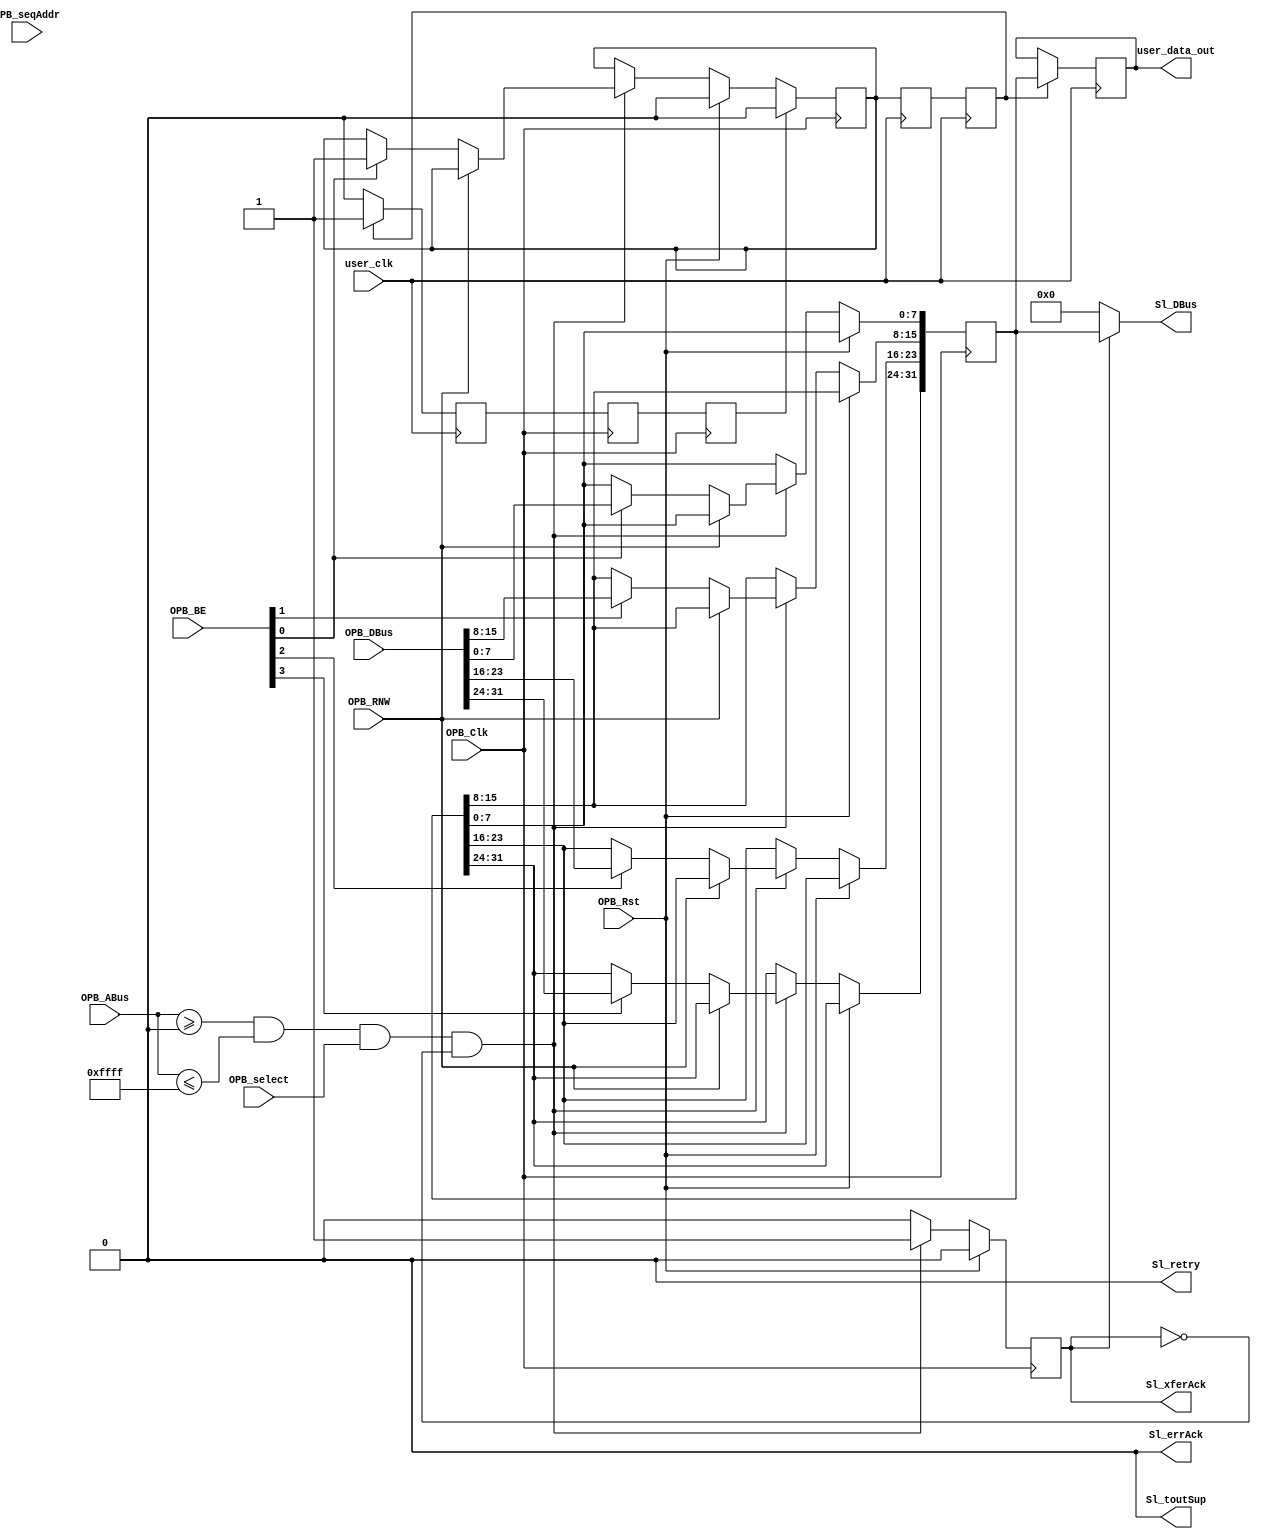
module opb_register_ppc2simulink #(
    parameter C_BASEADDR   = 32'h00000000,
    parameter C_HIGHADDR   = 32'h0000FFFF,
    parameter C_OPB_AWIDTH = 0,
    parameter C_OPB_DWIDTH = 0,
    parameter C_FAMILY     = "default"
  ) (
    input         OPB_Clk,
    input         OPB_Rst,
    output [0:31] Sl_DBus,
    output        Sl_errAck,
    output        Sl_retry,
    output        Sl_toutSup,
    output        Sl_xferAck,
    input  [0:31] OPB_ABus,
    input  [0:3]  OPB_BE,
    input  [0:31] OPB_DBus,
    input         OPB_RNW,
    input         OPB_select,
    input         OPB_seqAddr,
    input         user_clk,
    output [31:0] user_data_out
  );

  /* OPB clock domain data value */
  reg [31:0] reg_buffer;
  /* Handshake signal from OPB to application indicating data is ready to be latched */
  reg register_ready;
  /* Handshake signal from application to OPB indicating data has been latched */
  reg register_done;

  assign Sl_toutSup = 1'b0;
  assign Sl_retry   = 1'b0;
  assign Sl_errAck  = 1'b0;

  reg Sl_xferAck_reg;
  assign Sl_xferAck = Sl_xferAck_reg;

  wire a_match = OPB_ABus >= C_BASEADDR && OPB_ABus <= C_HIGHADDR;
  wire [31:0] a_trans = OPB_ABus - C_BASEADDR;

  reg register_doneR;
  reg register_doneRR;

  always @(posedge OPB_Clk) begin
    //single cycle signals
    Sl_xferAck_reg  <= 1'b0;

    /* Clock domain crossing registering */
    register_doneR  <= register_done;
    register_doneRR <= register_doneR;

    if (OPB_Rst) begin
      register_ready <= 1'b0;
    end else if (a_match && OPB_select && !Sl_xferAck_reg) begin
      Sl_xferAck_reg <= 1'b1;
      if (!OPB_RNW) begin
        if (OPB_BE[0])
          reg_buffer[31:24] <= OPB_DBus[0:7]; 
        if (OPB_BE[1])
          reg_buffer[23:16] <= OPB_DBus[8:15]; 
        if (OPB_BE[2])
          reg_buffer[15:8] <= OPB_DBus[16:23]; 
        if (OPB_BE[3])
          reg_buffer[7:0] <= OPB_DBus[24:31]; 

        /* ROACH bus transaction occurs in two stages;
           to make sure that writes are atomic only latch on receiving the second half*/
        if (OPB_BE[3])
          register_ready <= 1'b1;
      end
    end
    if (register_doneRR) begin
      register_ready <= 1'b0;
    end
  end

  reg [0:31] Sl_DBus_reg;
  assign Sl_DBus = Sl_DBus_reg;

  always @(*) begin
    if (!Sl_xferAck_reg) begin
      Sl_DBus_reg <= 32'b0;
    end else begin
      Sl_DBus_reg[0:31] <= reg_buffer;
    end
  end

  reg register_readyR;
  reg register_readyRR;
  reg [31:0] user_data_out_reg;
  assign user_data_out = user_data_out_reg;

  always @(posedge user_clk) begin
    /* Clock domain crossing registering */
    register_readyR  <= register_ready;
    register_readyRR <= register_readyR;

    if (!register_readyRR) begin
      register_done <= 1'b0;
    end

    if (register_readyRR) begin
      register_done <= 1'b1;
      user_data_out_reg <= reg_buffer;
    end

  end
endmodule